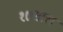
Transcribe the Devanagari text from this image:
१७साल